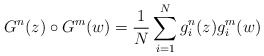
\begin{align*}G^{n}(z) \circ G^{m}(w) = {1\over{N}}\sum_{i=1}^{N}g_{i}^{n}(z)g_{i}^{m}(w)\end{align*}